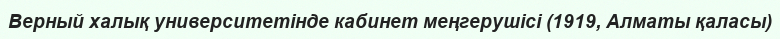
Верный халық университетінде кабинет меңгерушісі (1919, Алматы қаласы)